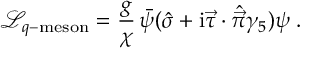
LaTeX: \mathcal { L } _ { q - { \mathrm { m e s o n } } } = { \frac { g } { \chi } } \, \bar { \psi } ( \hat { \sigma } + \mathrm { i } \vec { \tau } \cdot \hat { \vec { \pi } } \gamma _ { 5 } ) \psi \; .